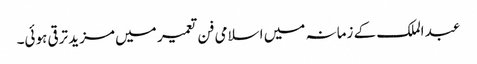
عبد الملک کے زمانہ میں اسلامی فن تعمیر میں مزید ترقی ہوئی۔